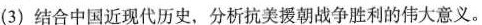
(3)结合中国近现代历史，分析抗美援朝战争胜利的伟大意义。